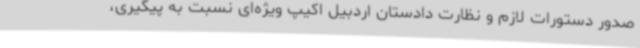
صدور دستورات لازم و نظارت دادستان اردبیل اکیپ ویژه‌ای نسبت به پیگیری،